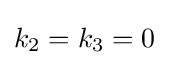
k_{2}=k_{3}=0